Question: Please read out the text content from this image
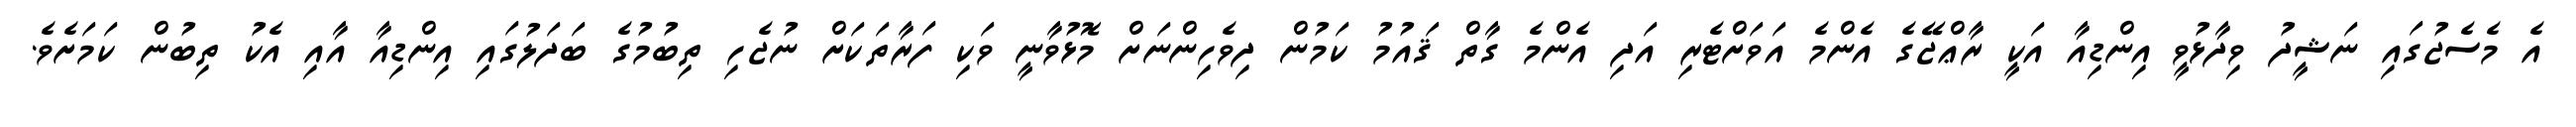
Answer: އެ މެސެޖުގައި ނަޝީދު ވިދާޅުވީ އިންޑިއާ އަކީ ރާޢްޖޭގެ އެންމެ އަވަށްޓެރި އަދި އެންމެ ގާތް ޤައުމު ކަމުން ދިވެހިންނަށް މޮޅުވާނީ ވަކި ފަރާތަކަށް ނުޖެހި ތިބުމުގެ ބަދަލުގައި އިންޑިއާ އާއި އެކު ތިބުން ކަމަށެވެ.